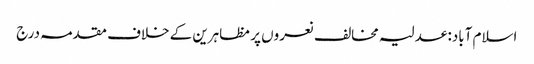
اسلام آباد: عدلیہ مخالف نعروں پر مظاہرین کے خلاف مقدمہ درج